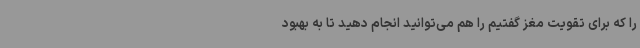
را که برای تقویت مغز گفتیم را هم می‌توانید انجام دهید تا به بهبود